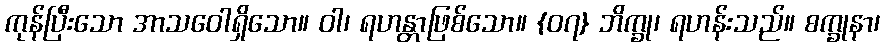
ကုန်ပြီးသော အာသဝေါရှိသော။ ဝါ၊ ရဟန္တာဖြစ်သော။ {၀၇} ဘိက္ခု၊ ရဟန်းသည်။ စက္ခုနာ၊